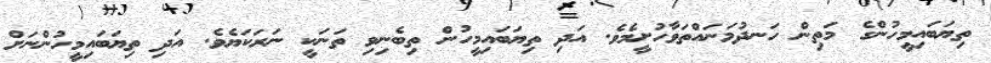
ތިޔަބައިމީހުންގެ މަތިން ހަނދުމަނައްތަވާހުށީމެވެ. އަދި ތިޔަބައިމީހުން ތިބެނިވި ތަނަކީ ނަރަކަޔެވެ. އަދި ތިޔަބައިމީހުންނަށް